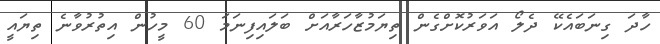
ހާދަ ގިނަބައެކޭ ދެލޯ އަވަރުކޮށްގެން ތިޔަމުޒާހަރާއަށް ބަލައިފިނަމަ 60 މީހުން އިތުރުވާނެ ތިޔައީ